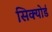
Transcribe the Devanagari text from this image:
सिक्योर्ड